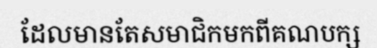
ដែលមានតែសមាជិកមកពីគណបក្ស